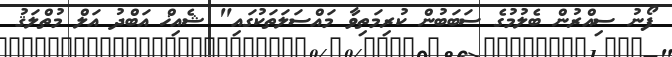
ފޯނު ސިއްރުން ބެލުމުގެ ސަބަބުން ކުރިމަތިވާ މައްސަލަތަކުގައި" ޝެއިޚް އަބްދު އަލް މުތްލަޤު